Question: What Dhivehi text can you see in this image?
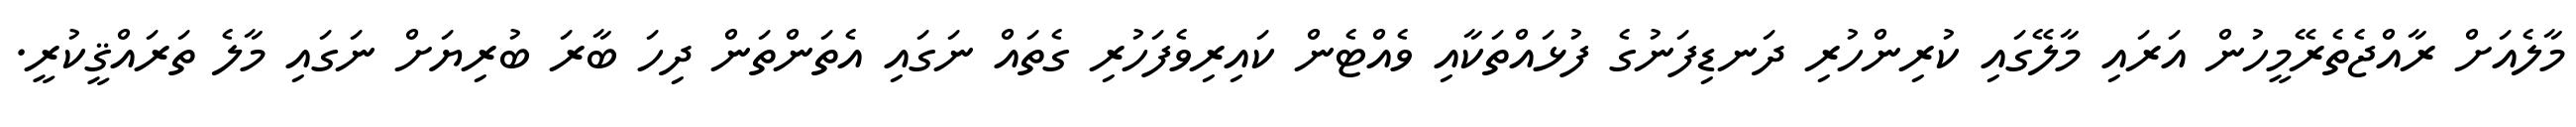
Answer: މާލެއަށް ރާއްޖެތެރޭމީހުން އަރައި މާލޭގައި ކުރިންހުރި ދަނޑިފަނުގެ ފުޅައްތަކާއި ވެއްޓެން ކައިރިވެފަހުރި ގެތައް ނަގައި އެތަންތަން ދިހަ ބާރަ ބުރިޔަށް ނަގައި މާލެ ތަރައްޤީކުރީ.